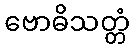
ဗောဓိသတ္တံ